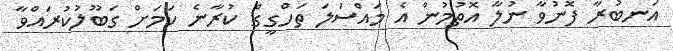
އަނބުރާ ފޮނުވާ ނުލާ އޮތުމުން އެ މައްސަލަ ތަހްގީގް ކުރާނެ ކަމަށް ގަބޫލުކުރައްވާ